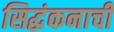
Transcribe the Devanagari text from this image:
सिद्धंकनाची